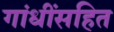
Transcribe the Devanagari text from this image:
गांधींसहित